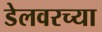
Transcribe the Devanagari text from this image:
डेलवरच्या